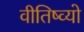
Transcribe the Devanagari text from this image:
वीतिष्व्यो